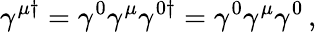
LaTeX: \gamma^{\mu\dagger}=\gamma^{0}\gamma^{\mu}\gamma^{0\dagger}=\gamma^{0}\gamma^{\mu}\gamma^{0}\, ,